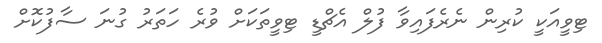
ޓިވީއަކީ ކުރިން ނެރެފައިވާ ފުލް އެޗްޑީ ޓިވީތަކަށް ވުރެ ހަތަރު ގުނަ ސާފުކޮށް